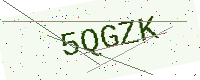
Text: 5QGZK